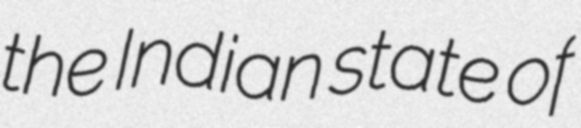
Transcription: the Indian state of